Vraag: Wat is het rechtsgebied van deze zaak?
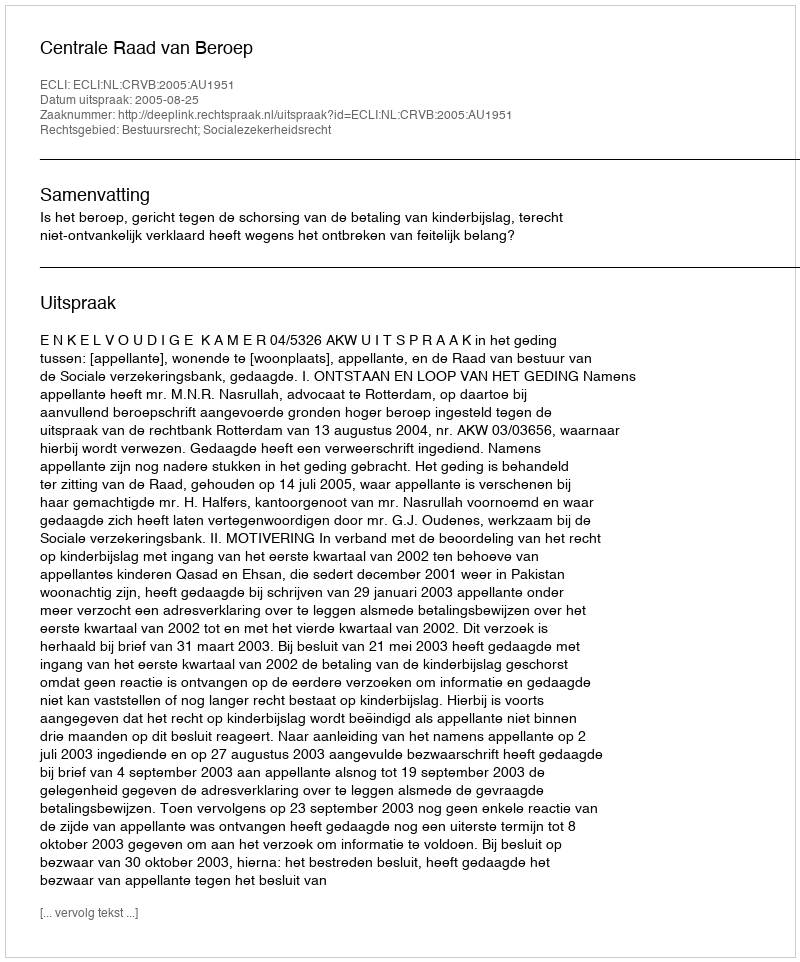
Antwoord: Bestuursrecht; Socialezekerheidsrecht